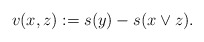
\begin{align*}v(x,z):= s(y)-s(x\vee z).\end{align*}